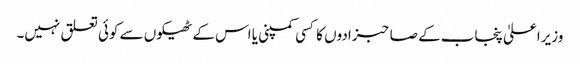
وزیراعلیٰ پنجاب کے صاحبزادوں کا کسی کمپنی یا اس کے ٹھیکوں سے کوئی تعلق نہیں۔